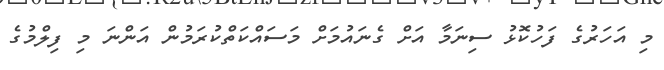
މި އަހަރުގެ ފަހުކޮޅު ސިނަމާ އަށް ގެނައުމަށް މަސައްކަތްކުރަމުން އަންނަ މި ފިލްމުގެ